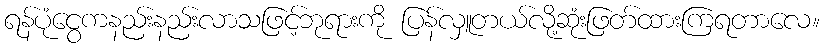
ရန်ပုံငွေကနည်းနည်းလာသဖြင့်ဘုရားကို ပြန်လှူတယ်လို့ဆုံးဖြတ်ထားကြရတာလေ။